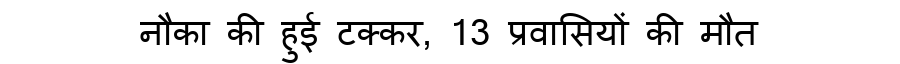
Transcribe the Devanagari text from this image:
नौका की हुई टक्कर, 13 प्रवासियों की मौत